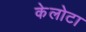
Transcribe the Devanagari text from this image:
केलोटा